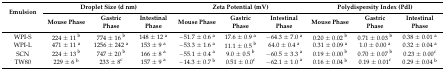
| <ROWSPAN=2> Emulsion | <COLSPAN=3> Droplet Size (d nm) | <COLSPAN=3> Zeta Potential (mV) | <COLSPAN=3> Polydispersity Index (PdI) |
 | Mouse Phase | Gastric Phase | Intestinal Phase | Mouse Phase | Gastric Phase | Intestinal Phase | Mouse Phase | Gastric Phase | Intestinal Phase |
 | --- | --- | --- | --- | --- | --- | --- | --- | --- | --- |
 | WPI-S | 224 ± 11 b | 774 ± 16 b | 148 ± 12 a | −51.7 ± 0.6 a | 17.6 ± 0.9 a | −64.3 ± 7.0 a | 0.20 ± 0.02 b | 0.71 ± 0.03 b | 0.38 ± 0.01 a |
 | WPI-L | 471 ± 11 a | 1256 ± 242 a | 153 ± 9 a | −53.3 ± 1.6 a | 11.1 ± 0.5 b | 64.0 ± 0.4 a | 0.31 ± 0.09 a | 1.0 ± 0.00 a | 0.32 ± 0.04 a |
 | SCN | 224 ± 13 b | 747 ± 20 b | 166 ± 8 a | −55.1 ± 0.4 a | 9.0 ± 0.5 b | −60.5 ± 3.3 a | 0.19 ± 0.00 b | 0.70 ± 0.07 b | 0.23 ± 0.00c |
 | TW80 | 229 ± 6 b | 233 ± 8c | 157 ± 9 a | −14.3 ± 0.7 b | 0.51 ± 0.0c | −62.1 ± 1.0 a | 0.16 ± 0.04 b | 0.19 ± 0.01c | 0.29 ± 0.04 b |